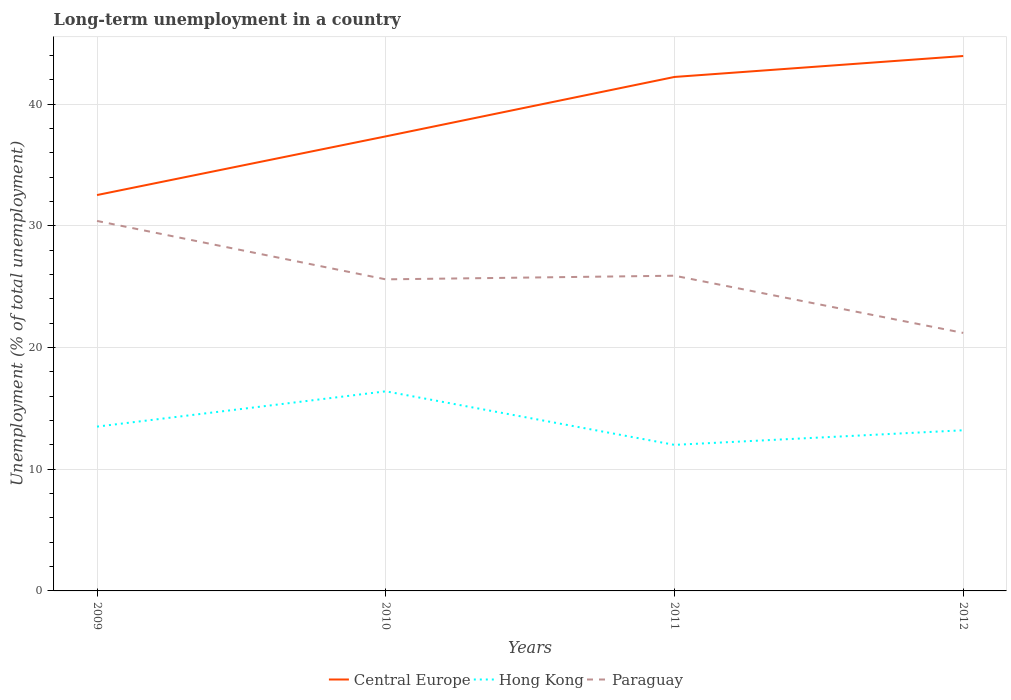
| Years | Central Europe | Hong Kong | Paraguay |
 | --- | --- | --- | --- |
 | 2009 | 32.5 | 13.5 | 30.4 |
 | 2010 | 37.3 | 16.4 | 25.6 |
 | 2011 | 42.2 | 12 | 25.9 |
 | 2012 | 44 | 13.2 | 21.2 |